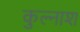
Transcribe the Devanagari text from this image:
कुल्नाश